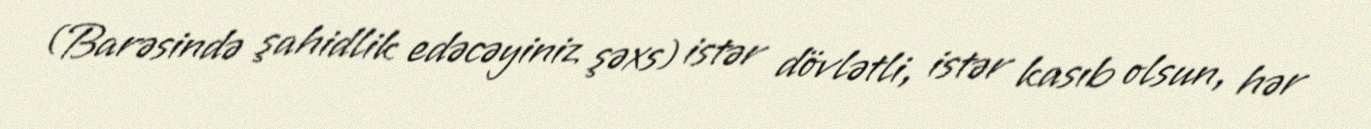
(Barəsində şahidlik edəcəyiniz şəxs) istər dövlətli, istər kasıb olsun, hər